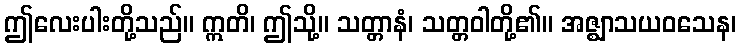
ဤလေးပါးတို့သည်။ ဣတိ၊ ဤသို့။ သတ္တာနံ၊ သတ္တဝါတို့၏။ အဇ္ဈာသယဝသေန၊